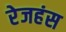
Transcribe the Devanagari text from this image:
रेजहंस